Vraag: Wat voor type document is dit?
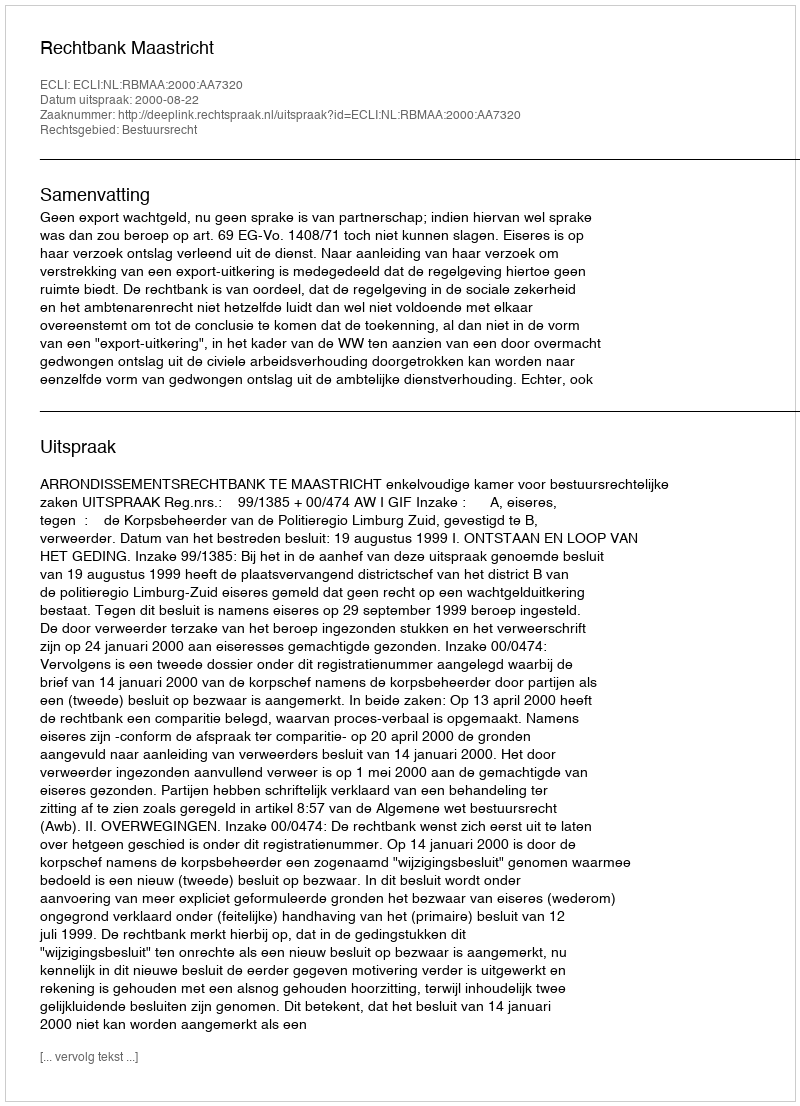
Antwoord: Uitspraak